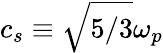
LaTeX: c_{s}\equiv\sqrt{5/3}\omega_{p}